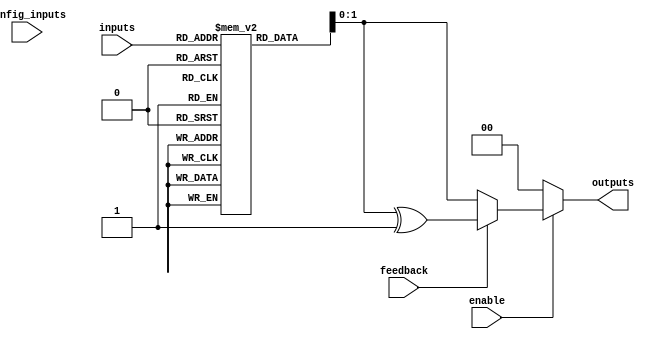
module CLB (
    input wire [N-1:0] inputs,          // Input signals (N inputs)
    input wire [M-1:0] config_inputs,   // Configuration inputs for LUT
    input wire enable,                   // Enable signal
    input wire feedback,                 // Feedback signal for complex operations
    output reg [P-1:0] outputs          // Output signals (P outputs)
);

// Parameters
parameter N = 4;                       // Number of input signals
parameter M = 16;                      // Number of configuration bits for LUT
parameter P = 2;                       // Number of output signals

// LUT implementation (example: 4-input LUT with 16 possible configurations)
reg [M-1:0] lut [0:2**N-1];            // LUT storage
reg [P-1:0] lut_output;                // LUT output

// Initialize LUT with some example configurations (this would typically be done during programming)
initial begin
    lut[0]  = 4'b0000; // Example configuration for input 0000
    lut[1]  = 4'b0001; // Example configuration for input 0001
    lut[2]  = 4'b0010; // Example configuration for input 0010
    // ... (initialize other LUT entries as needed)
    lut[15] = 4'b1111; // Example configuration for input 1111
end

// Combinational logic implementation
always @(*) begin
    if (enable) begin
        // Select LUT output based on input signals
        lut_output = lut[inputs];
        
        // Incorporate feedback if needed
        if (feedback) begin
            outputs = lut_output ^ 4'b0001; // Example feedback operation
        end else begin
            outputs = lut_output;
        end
    end else begin
        outputs = 0; // Disable outputs when not enabled
    end
end

endmodule